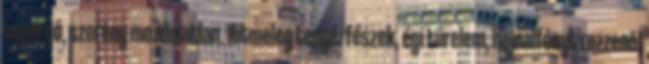
toporgó, szerény mozdulatlan. Hitmeleg tenyérfészek, égi türelem, hajnalfényt rezzenő,